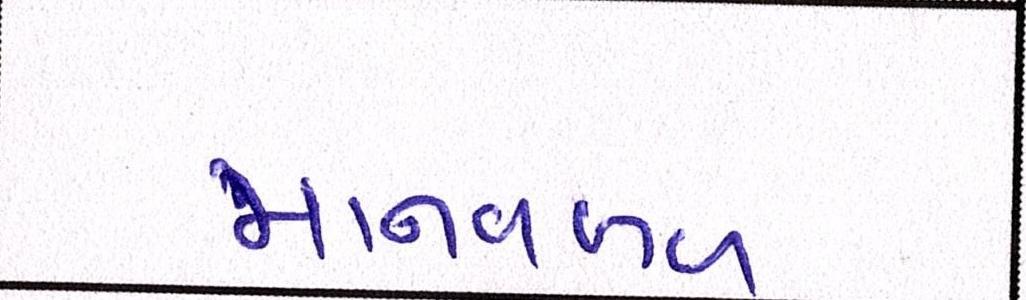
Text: માનવબળ